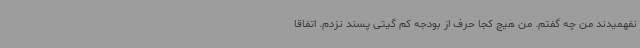
نفهمیدند من چه گفتم. من هیچ کجا حرف از بودجه کم گیتی پسند نزدم. اتفاقا